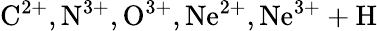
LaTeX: \mathrm{C^{2+},N^{3+},O^{3+},Ne^{2+},Ne^{3+}+H}